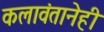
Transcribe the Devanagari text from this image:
कलावंतानेही